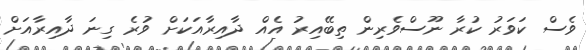
ވެސް ކަވަރު ކުރާ ނޫސްވެރިން ތިބޭއިރު އެއް ދާއިރާއަކަށް ވުރެ ގިނަ ދާއިރާއަށް